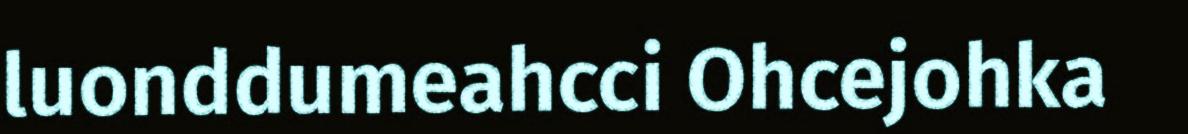
luonddumeahcci Ohcejohka